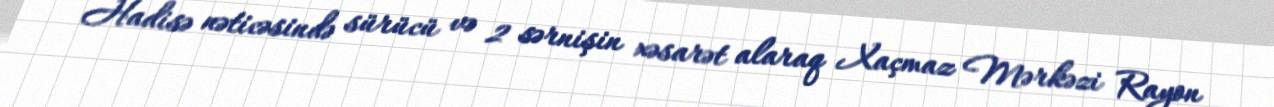
Hadisə nəticəsində sürücü və 2 sərnişin xəsarət alaraq Xaçmaz Mərkəzi Rayon